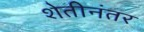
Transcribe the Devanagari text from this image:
शेतीनंतर